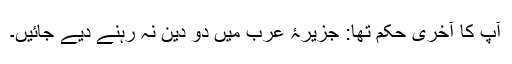
آپ کا آخری حکم تھا: جزیرۂ عرب میں دو دین نہ رہنے دیے جائیں۔